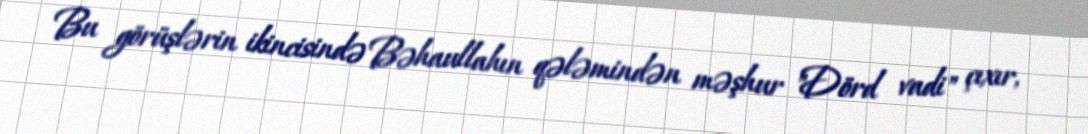
Bu görüşlərin ikincisində Bəhaullahın qələmindən məşhur "Dörd vadi" çıxır,